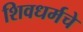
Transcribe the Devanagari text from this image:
शिवधर्मचे